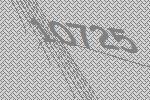
10725